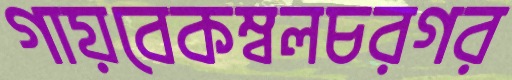
গায়বেকম্বলচরগর